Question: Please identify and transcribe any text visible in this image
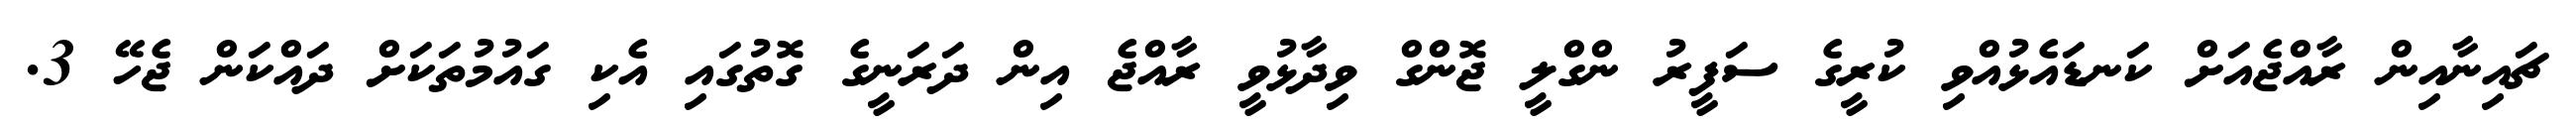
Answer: ޗައިނާއިން ރާއްޖެއަށް ކަނޑައެޅުއްވި ކުރީގެ ސަފީރު ންގްލީ ޖޮންގް ވިދާޅުވީ ރާއްޖެ އިން ދަރަނީގެ ގޮތުގައި އެކި ގައުމުތަކަށް ދައްކަން ޖެހޭ 3.